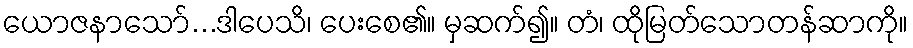
ယောဇနာသော်...ဒါပေသိ၊ ပေးစေ၏။ မှဆက်၍။ တံ၊ ထိုမြတ်သောတန်ဆာကို။